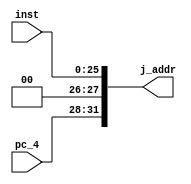
module jump_addr(
  input [25:0] inst,
  input [3:0] pc_4,
  output[31:0] j_addr);

  buf (j_addr[0 ] ,inst[0 ]);
  buf (j_addr[1 ] ,inst[1 ]);
  buf (j_addr[2 ] ,inst[2 ]);
  buf (j_addr[3 ] ,inst[3 ]);
  buf (j_addr[4 ] ,inst[4 ]);
  buf (j_addr[5 ] ,inst[5 ]);
  buf (j_addr[6 ] ,inst[6 ]);
  buf (j_addr[7 ] ,inst[7 ]);
  buf (j_addr[8 ] ,inst[8 ]);
  buf (j_addr[9 ] ,inst[9 ]);
  buf (j_addr[10] ,inst[10]);
  buf (j_addr[11] ,inst[11]);
  buf (j_addr[12] ,inst[12]);
  buf (j_addr[13] ,inst[13]);
  buf (j_addr[14] ,inst[14]);
  buf (j_addr[15] ,inst[15]);
  buf (j_addr[16] ,inst[16]);
  buf (j_addr[17] ,inst[17]);
  buf (j_addr[18] ,inst[18]);
  buf (j_addr[19] ,inst[19]);
  buf (j_addr[20] ,inst[20]);
  buf (j_addr[21] ,inst[21]);
  buf (j_addr[22] ,inst[22]);
  buf (j_addr[23] ,inst[23]);
  buf (j_addr[24] ,inst[24]);
  buf (j_addr[25] ,inst[25]);
  buf (j_addr[26] ,1'b0    );
  buf (j_addr[27] ,1'b0    );
  buf (j_addr[28] ,pc_4[0 ]);
  buf (j_addr[29] ,pc_4[1 ]);
  buf (j_addr[30] ,pc_4[2 ]);
  buf (j_addr[31] ,pc_4[3 ]);

endmodule